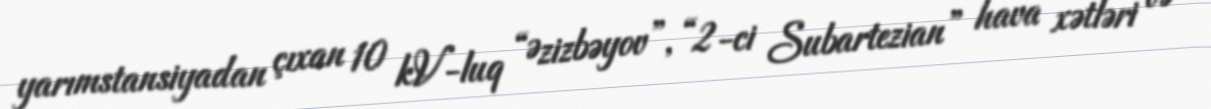
yarımstansiyadan çıxan 10 kV-luq “Əzizbəyov”, “2-ci Subartezian” hava xətləri və